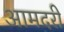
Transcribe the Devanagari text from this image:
आमदरी